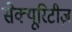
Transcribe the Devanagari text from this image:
सेक्यूरिटीज़